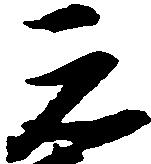
元